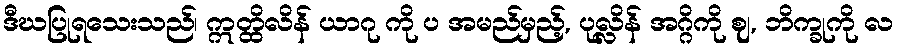
ဒီဃပြုရသေးသည်၊ ဣတ္ထိလိန် ယာဂု ကို ပ အမည်မှည့်, ပုလ္လိန် အဂ္ဂိကို ဈ, ဘိက္ခုကို လ